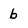
Character: b